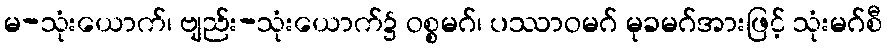
မ-သုံးယောက်၊ ဗျည်း-သုံးယောက်၌ ဝစ္စမဂ်၊ ပဿာဝမဂ် မုခမဂ်အားဖြင့် သုံးမဂ်စီ